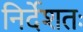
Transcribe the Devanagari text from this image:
निर्देशतः